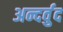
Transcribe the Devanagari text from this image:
अन्दर्वुद